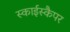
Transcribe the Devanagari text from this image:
स्काईस्कैपर